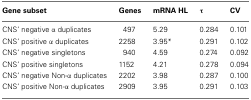
| Gene subset | Genes | mRNA HL | τ | CV |
 | --- | --- | --- | --- | --- |
 | CNS’ negative α duplicates | 497 | 5.29 | 0.284 | 0.101 |
 | CNS’ positive α duplicates | 2258 | 3.95* | 0.291 | 0.102 |
 | CNS’ negative singletons | 940 | 4.59 | 0.274 | 0.092 |
 | CNS’ positive singletons | 1152 | 4.21 | 0.278 | 0.094 |
 | CNS’ negative Non-α duplicates | 2202 | 3.98 | 0.287 | 0.100 |
 | CNS’ positive Non-α duplicates | 2909 | 3.95 | 0.291 | 0.103 |